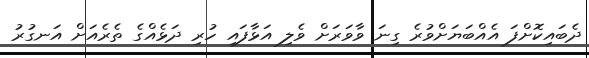
ދެބައިކޮށްފަ އެއްބަޔަށްވުރެ ގިނަ ވާވަރަށް ވެލި އަޅާފައި ހުރި ދަޅެއްގެ ތެރެއަށް އަނގުރު